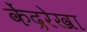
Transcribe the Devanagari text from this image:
केंद्ररेखा